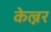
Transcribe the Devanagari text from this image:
केल्नर